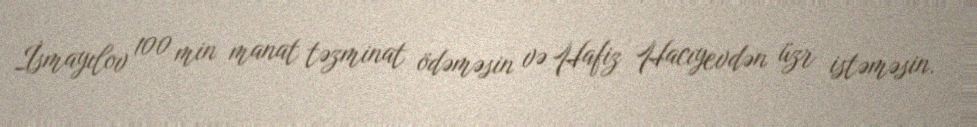
İsmayılov 100 min manat təzminat ödəməsin və Hafiz Hacıyevdən üzr istəməsin.